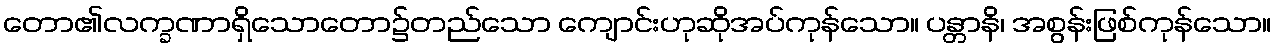
တော၏လက္ခဏာရှိသောတော၌တည်သော ကျောင်းဟုဆိုအပ်ကုန်သော။ ပန္တာနိ၊ အစွန်းဖြစ်ကုန်သော။